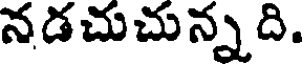
నడచుచున్నది.